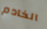
الخادم